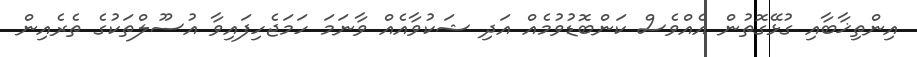
އިންތިޚާބާއި ގުޅޭގޮތުން އެއްވެސް ކަންބޮޑުވުމެއް އަދި ޝަކުވާއެއް ވާނަމަ ހަމަޖެހިފައިވާ އުސޫލްތަކުގެ ތެރެއިން